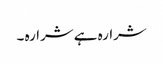
شرارہ ہے شرارہ ۔